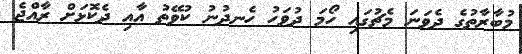
މުބާރާތުގެ ދެވަނަ މެޗުގައި ހޯމަ ދުވަހު ހެނދުނު ކުވޭތު އާއި ދެކޮޅަށް ރާއްޖެ